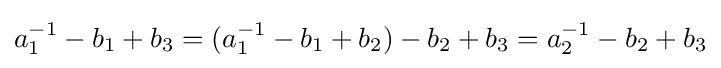
\displaystyle {a_{1}^{-1}-b_{1}+b_{3}=(a_{1}^{-1}-b_{1}+b_{2})-b_{2}+b_{3}=a_{2}^{-1}-b_{2}+b_{3}}